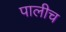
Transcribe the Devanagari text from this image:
पालीच